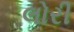
લોરી